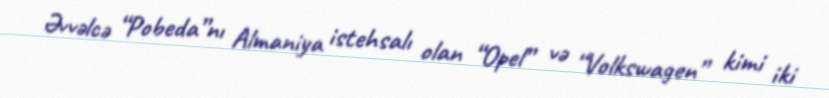
Əvvəlcə “Pobeda”nı Almaniya istehsalı olan “Opel” və “Volkswagen” kimi iki